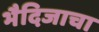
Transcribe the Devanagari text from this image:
भैदिजाचा